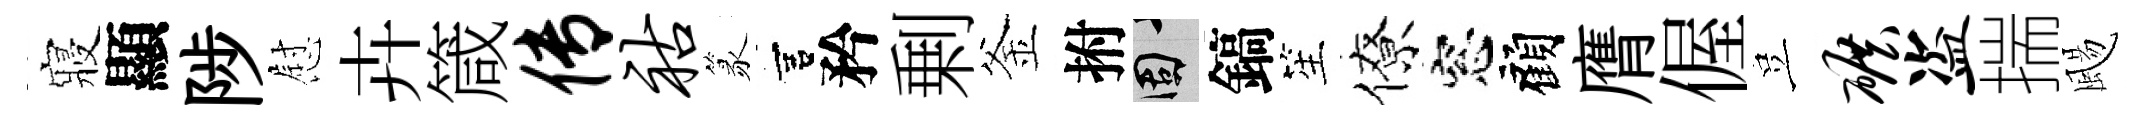
寢顯陟慰卉箴传祜篆宫矜剰釜拊固鎬笙僚窓顧膺偓豈碾盗揣颺